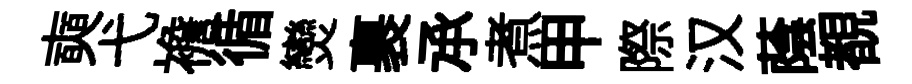
奭弋襜循𤓖裹𠄘煮甲際汉蔭覩